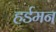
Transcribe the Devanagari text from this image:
हर्डमन